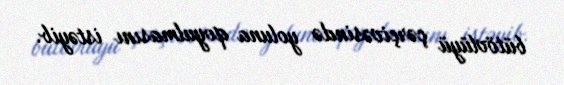
bütövlüyü çərçivəsində yoluna qoyulmasını istəyib.